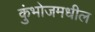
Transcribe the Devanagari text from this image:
कुंभोजमधील